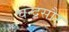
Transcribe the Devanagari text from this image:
चन्द्रसौर